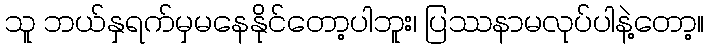
သူ ဘယ်နှရက်မှမနေနိုင်တော့ပါဘူး၊ ပြဿနာမလုပ်ပါနဲ့တော့။